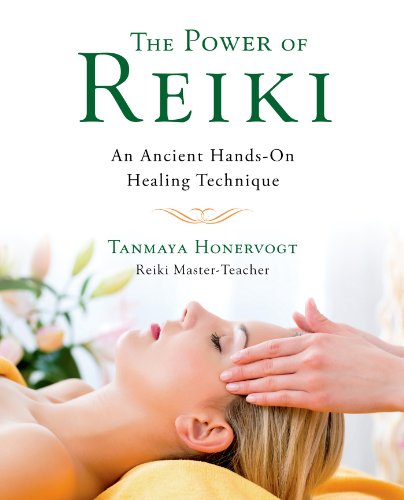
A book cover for The Power of Reiki: An Ancient Hands-On Healing Technique; Tanmaya Honervogt; Health, Fitness & Dieting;